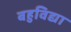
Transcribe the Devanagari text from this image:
बहुविद्या